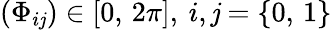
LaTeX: (\Phi_{i\mathit{j}})\in[0,\, 2\pi],\: i,\mathit{j}=\lbrace0,\, 1\rbrace